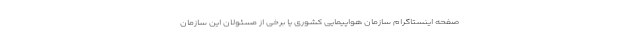
صفحه اینستاگرام سازمان هواپیمایی کشوری یا برخی از مسئولان این سازمان